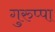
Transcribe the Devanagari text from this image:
गुरुप्पा